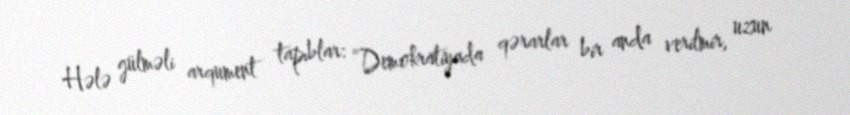
Hələ gülməli arqument tapıblar: “Demokratiyada qərarlar bir anda verilmir, uzun